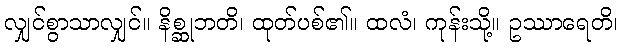
လျှင်စွာသာလျှင်။ နိစ္ဆုဘတိ၊ ထုတ်ပစ်၏။ ထလံ၊ ကုန်းသို့။ ဥဿာရေတိ၊